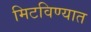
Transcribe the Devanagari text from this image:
मिटविण्यात